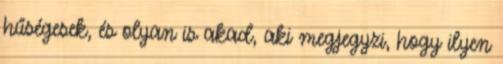
hűségesek, és olyan is akad, aki megjegyzi, hogy ilyen